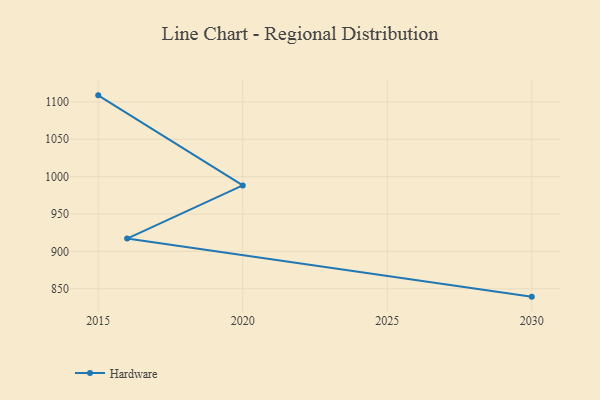
{"axis": {"x": "Year", "y": "Headcount"}, "legend": ["Hardware"], "data": [{"x": "2015", "y": 1108.8, "type": "Hardware"}, {"x": "2020", "y": 988.3, "type": "Hardware"}, {"x": "2016", "y": 917.1, "type": "Hardware"}, {"x": "2030", "y": 839.4, "type": "Hardware"}]}